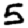
Digit: 5